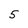
Character: 5